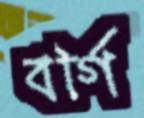
বর্গি